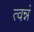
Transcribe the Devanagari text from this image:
त्वन्नं